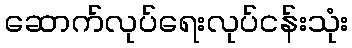
ဆောက်လုပ်ရေးလုပ်ငန်းသုံး